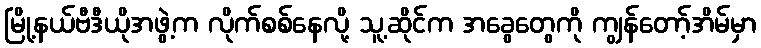
မြို့နယ်ဗီဒီယိုအဖွဲ့က လိုက်စစ်နေလို့ သူ့ဆိုင်က အခွေတွေကို ကျွန်တော့်အိမ်မှာ